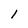
Character: 1